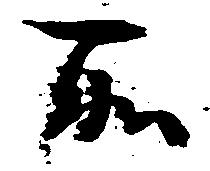
所